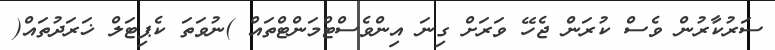
ސަރުކާރުން ވެސް ކުރަން ޖެހޭ ވަރަށް ގިނަ އިންވެސްޓްމަންޓްތައް )ނުވަތަ ކެޕިޓަލް ޚަރަދުތައް(